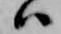
ハ